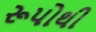
રૂપોથી